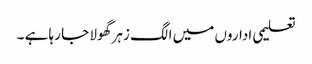
تعلیمی اداروں میں الگ زہر گھولا جا رہا ہے ۔